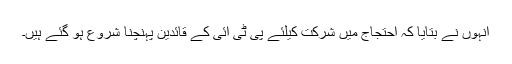
انہوں نے بتایا کہ احتجاج میں شرکت کیلئے پی ٹی آئی کے قائدین پہنچنا شروع ہو گئے ہیں۔